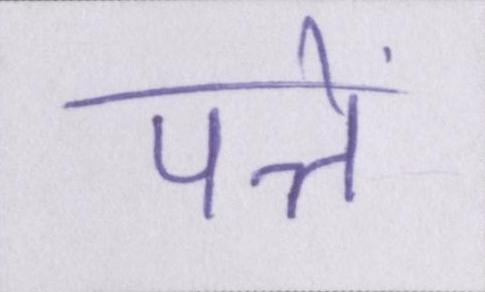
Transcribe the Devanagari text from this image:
पत्ते